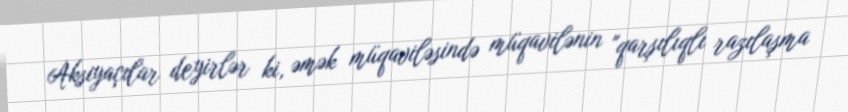
Aksiyaçılar deyirlər ki, əmək müqaviləsində müqavilənin "qarşılıqlı razılaşma